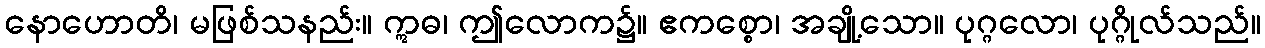
နောဟောတိ၊ မဖြစ်သနည်း။ ဣဓ၊ ဤလောက၌။ ဧကစ္စော၊ အချို့သော။ ပုဂ္ဂလော၊ ပုဂ္ဂိုလ်သည်။